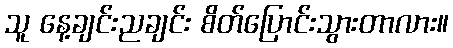
သူ နေ့ချင်းညချင်း စိတ်ပြောင်းသွားတာလား။